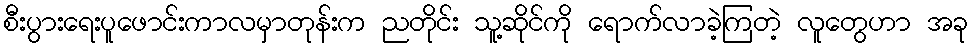
စီးပွားရေးပူဖောင်းကာလမှာတုန်းက ညတိုင်း သူ့ဆိုင်ကို ရောက်လာခဲ့ကြတဲ့ လူတွေဟာ အခု